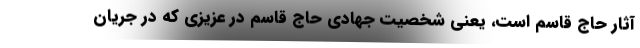
آثار حاج قاسم است، یعنی شخصیت جهادی حاج قاسم در عزیزی که در جریان